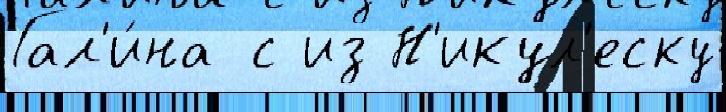
Гал'и́на с из Н'икул'еску